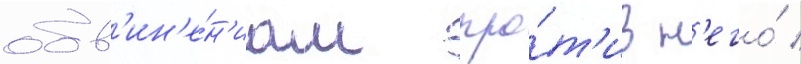
обв'ин'е́н'иам про́т'ив н'его́ /